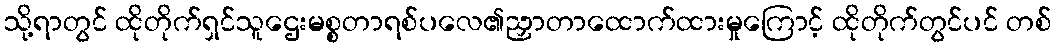
သို့ရာတွင် ထိုတိုက်ရှင်သူဌေးမစ္စတာရစ်ပလေ၏ညှာတာထောက်ထားမှုကြောင့် ထိုတိုက်တွင်ပင် တစ်